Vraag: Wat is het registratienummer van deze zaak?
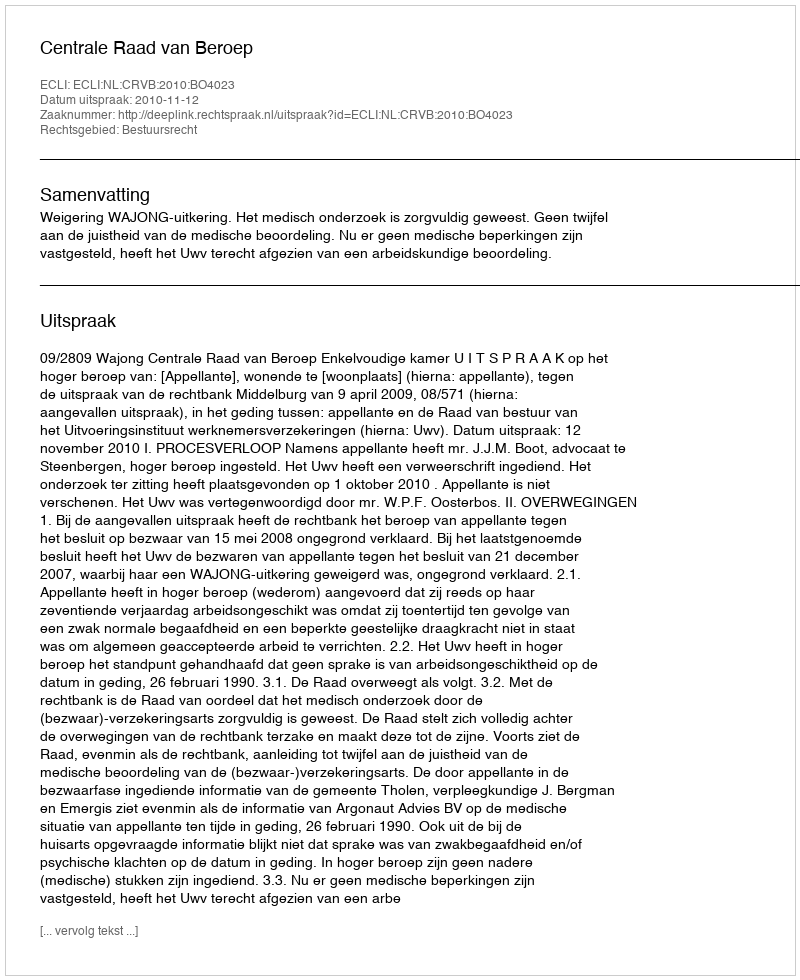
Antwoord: http://deeplink.rechtspraak.nl/uitspraak?id=ECLI:NL:CRVB:2010:BO4023